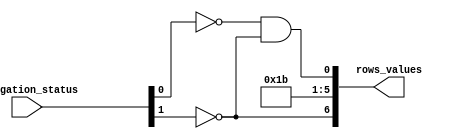
/* Outputs the image of the column 2 to show irrigation condition */

module irrigation_status_decoder_column2
(
	input wire  [1:0] irrigation_status,
	output wire [6:0] rows_values
);
	wire [1:0] aux;
	
	not inv0(aux[0], irrigation_status[0]);
	not inv1(aux[1], irrigation_status[1]);
	
	// Row 0
	and row0_status(rows_values[0], aux[0], aux[1]);
	
	// Row 1
	or  row1_status(rows_values[1], irrigation_status[0], aux[0]);
	
	// Row 2
	and row2_status(rows_values[2], rows_values[1], rows_values[1]);
	
	// Row 3
	and row3_status(rows_values[3], irrigation_status[0], aux[0]);
	
	// Row 4
	and row4_status(rows_values[4], rows_values[1], rows_values[1]);
	
	// Row 5
	and row5_status(rows_values[5], rows_values[1], rows_values[1]);
	
	// Row 6
	and row6_status(rows_values[6], aux[1], aux[1]);
	
endmodule